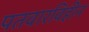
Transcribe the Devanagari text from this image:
पतवारविहीन